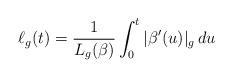
LaTeX: \begin{align*}\ell_g(t) = \frac{1}{L_g(\beta)} \int_0^t | \beta'(u)|_g \,du\end{align*}